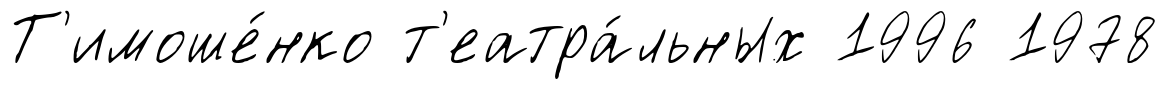
Т'имоше́нко т'еатра́льных 1996 1978